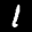
Label: 1